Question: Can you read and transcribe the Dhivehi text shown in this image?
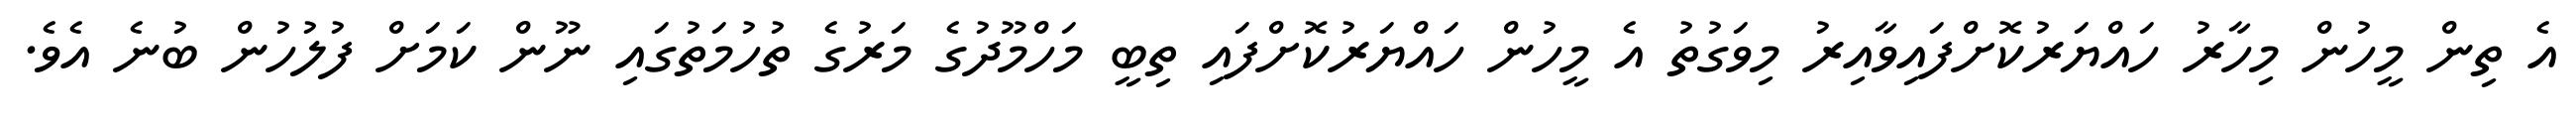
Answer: އެ ތިން މީހުން މިހާރު ހައްޔަރުކޮށްފައިވާއިރު މިވަގުތު އެ މީހުން ހައްޔަރުކޮށްފައި ތިބީ މަހްމޫދުގެ މަރުގެ ތުހުމަތުގައި ނޫން ކަމަށް ފުލުހުން ބުނެ އެވެ.